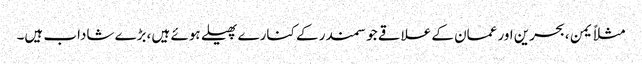
مثلاً یمن ،بحرین اور عمان کے علاقے جو سمندر کے کنارے پھیلے ہوئے ہیں ،بڑے شاداب ہیں۔